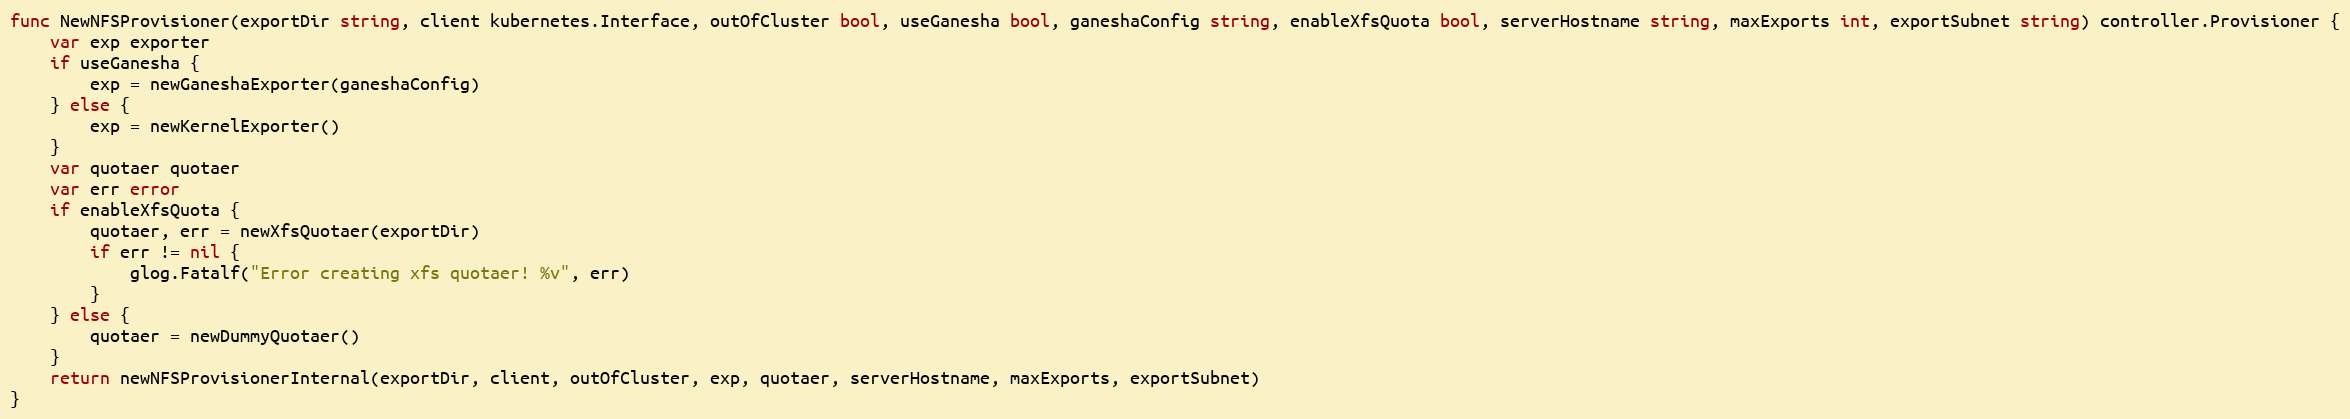
Language: Go
func NewNFSProvisioner(exportDir string, client kubernetes.Interface, outOfCluster bool, useGanesha bool, ganeshaConfig string, enableXfsQuota bool, serverHostname string, maxExports int, exportSubnet string) controller.Provisioner {
	var exp exporter
	if useGanesha {
		exp = newGaneshaExporter(ganeshaConfig)
	} else {
		exp = newKernelExporter()
	}
	var quotaer quotaer
	var err error
	if enableXfsQuota {
		quotaer, err = newXfsQuotaer(exportDir)
		if err != nil {
			glog.Fatalf("Error creating xfs quotaer! %v", err)
		}
	} else {
		quotaer = newDummyQuotaer()
	}
	return newNFSProvisionerInternal(exportDir, client, outOfCluster, exp, quotaer, serverHostname, maxExports, exportSubnet)
}